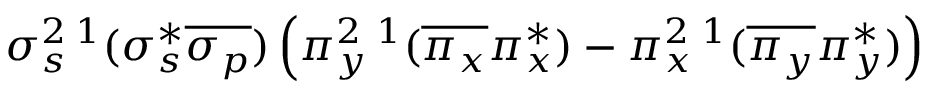
\sigma _ { s } ^ { 2 } { } \, ^ { 1 } ( \sigma _ { s } ^ { * } \overline { { \sigma _ { p } } } ) \left( \pi _ { y } ^ { 2 } { } \, ^ { 1 } ( \overline { { \pi _ { x } } } \pi _ { x } ^ { * } ) - \pi _ { x } ^ { 2 } { } \, ^ { 1 } ( \overline { { \pi _ { y } } } \pi _ { y } ^ { * } ) \right)